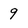
Character: 9